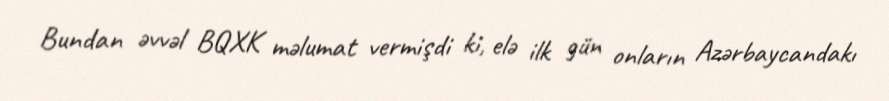
Bundan əvvəl BQXK məlumat vermişdi ki, elə ilk gün onların Azərbaycandakı